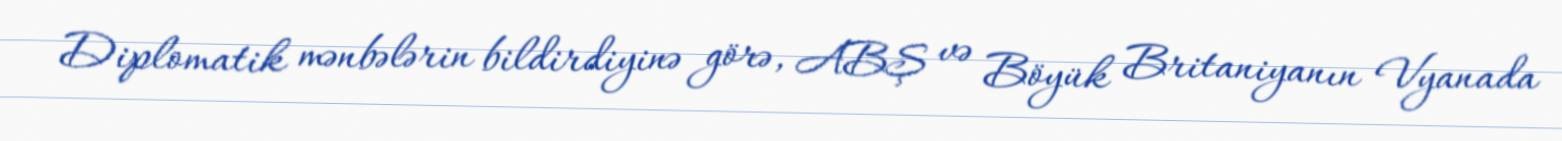
Diplomatik mənbələrin bildirdiyinə görə, ABŞ və Böyük Britaniyanın Vyanada